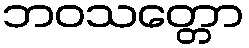
ဘဝသတ္တော